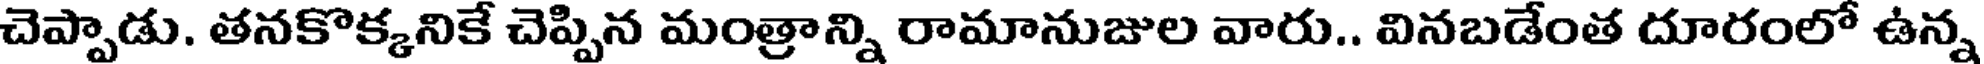
చెప్పాడు. తనకొక్కనికే చెప్పిన మంత్రాన్ని రామానుజుల వారు.. వినబడేంత దూరంలో ఉన్న